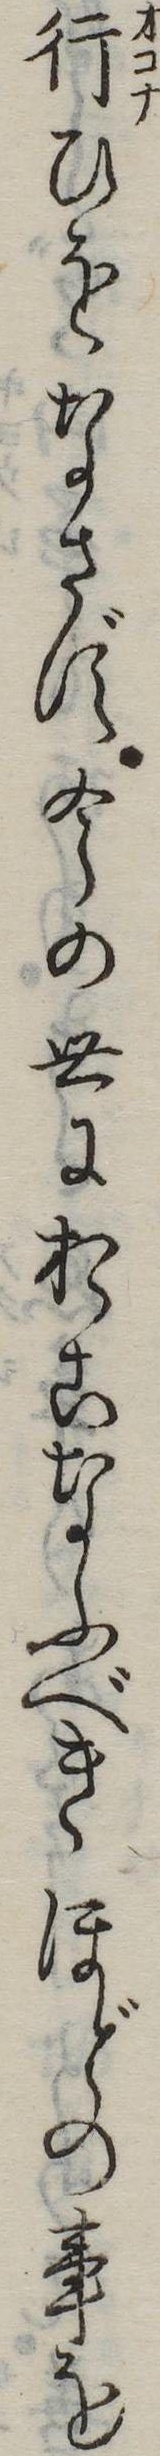
行ひをなさず今の世におこなふべきほどの事を